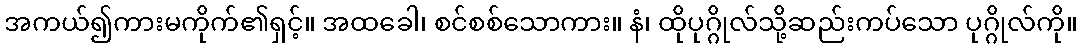
အကယ်၍ကားမကိုက်၏ရှင့်။ အထခေါ၊ စင်စစ်သောကား။ နံ၊ ထိုပုဂ္ဂိုလ်သို့ဆည်းကပ်သော ပုဂ္ဂိုလ်ကို။